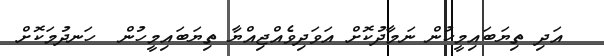
އަދި ތިޔަބައިމީހުން ނަމާދުކޮށް އަވަދިވެއްޖިއްޔާ ތިޔަބައިމީހުން  ހަނދުމަކޮށް